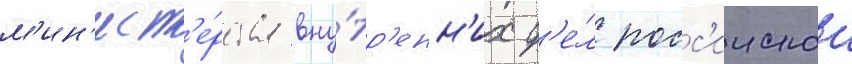
м'ин'ист'е́рства вну́тр'енн'их д'е́л росс'иискои